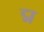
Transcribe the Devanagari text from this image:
द्म